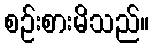
စဉ်းစားမိသည်။